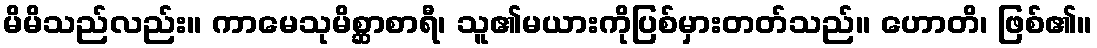
မိမိသည်လည်း။ ကာမေသုမိစ္ဆာစာရီ၊ သူ၏မယားကိုပြစ်မှားတတ်သည်။ ဟောတိ၊ ဖြစ်၏။